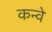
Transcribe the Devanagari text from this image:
कन्वे